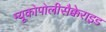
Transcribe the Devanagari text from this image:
म्यूकोपोलीसैक्केराइड